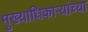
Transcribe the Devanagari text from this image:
मुख्याधिकाऱ्यांच्या